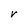
Character: V